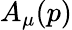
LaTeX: A_{\mu}(p)